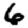
Digit: 6